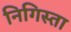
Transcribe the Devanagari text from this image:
निगिस्ता